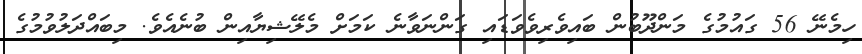
ހިމެނޭ 56 ގައުމުގެ މަންދޫބުން ބައިވެރިވެވަޑައި ގަންނަވާނެ ކަމަށް މެލޭޝިޔާއިން ބުނެއެވެ. މިބައްދަލުވުމުގެ